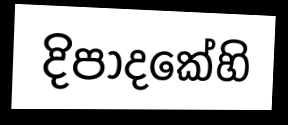
දිපාදකේහි